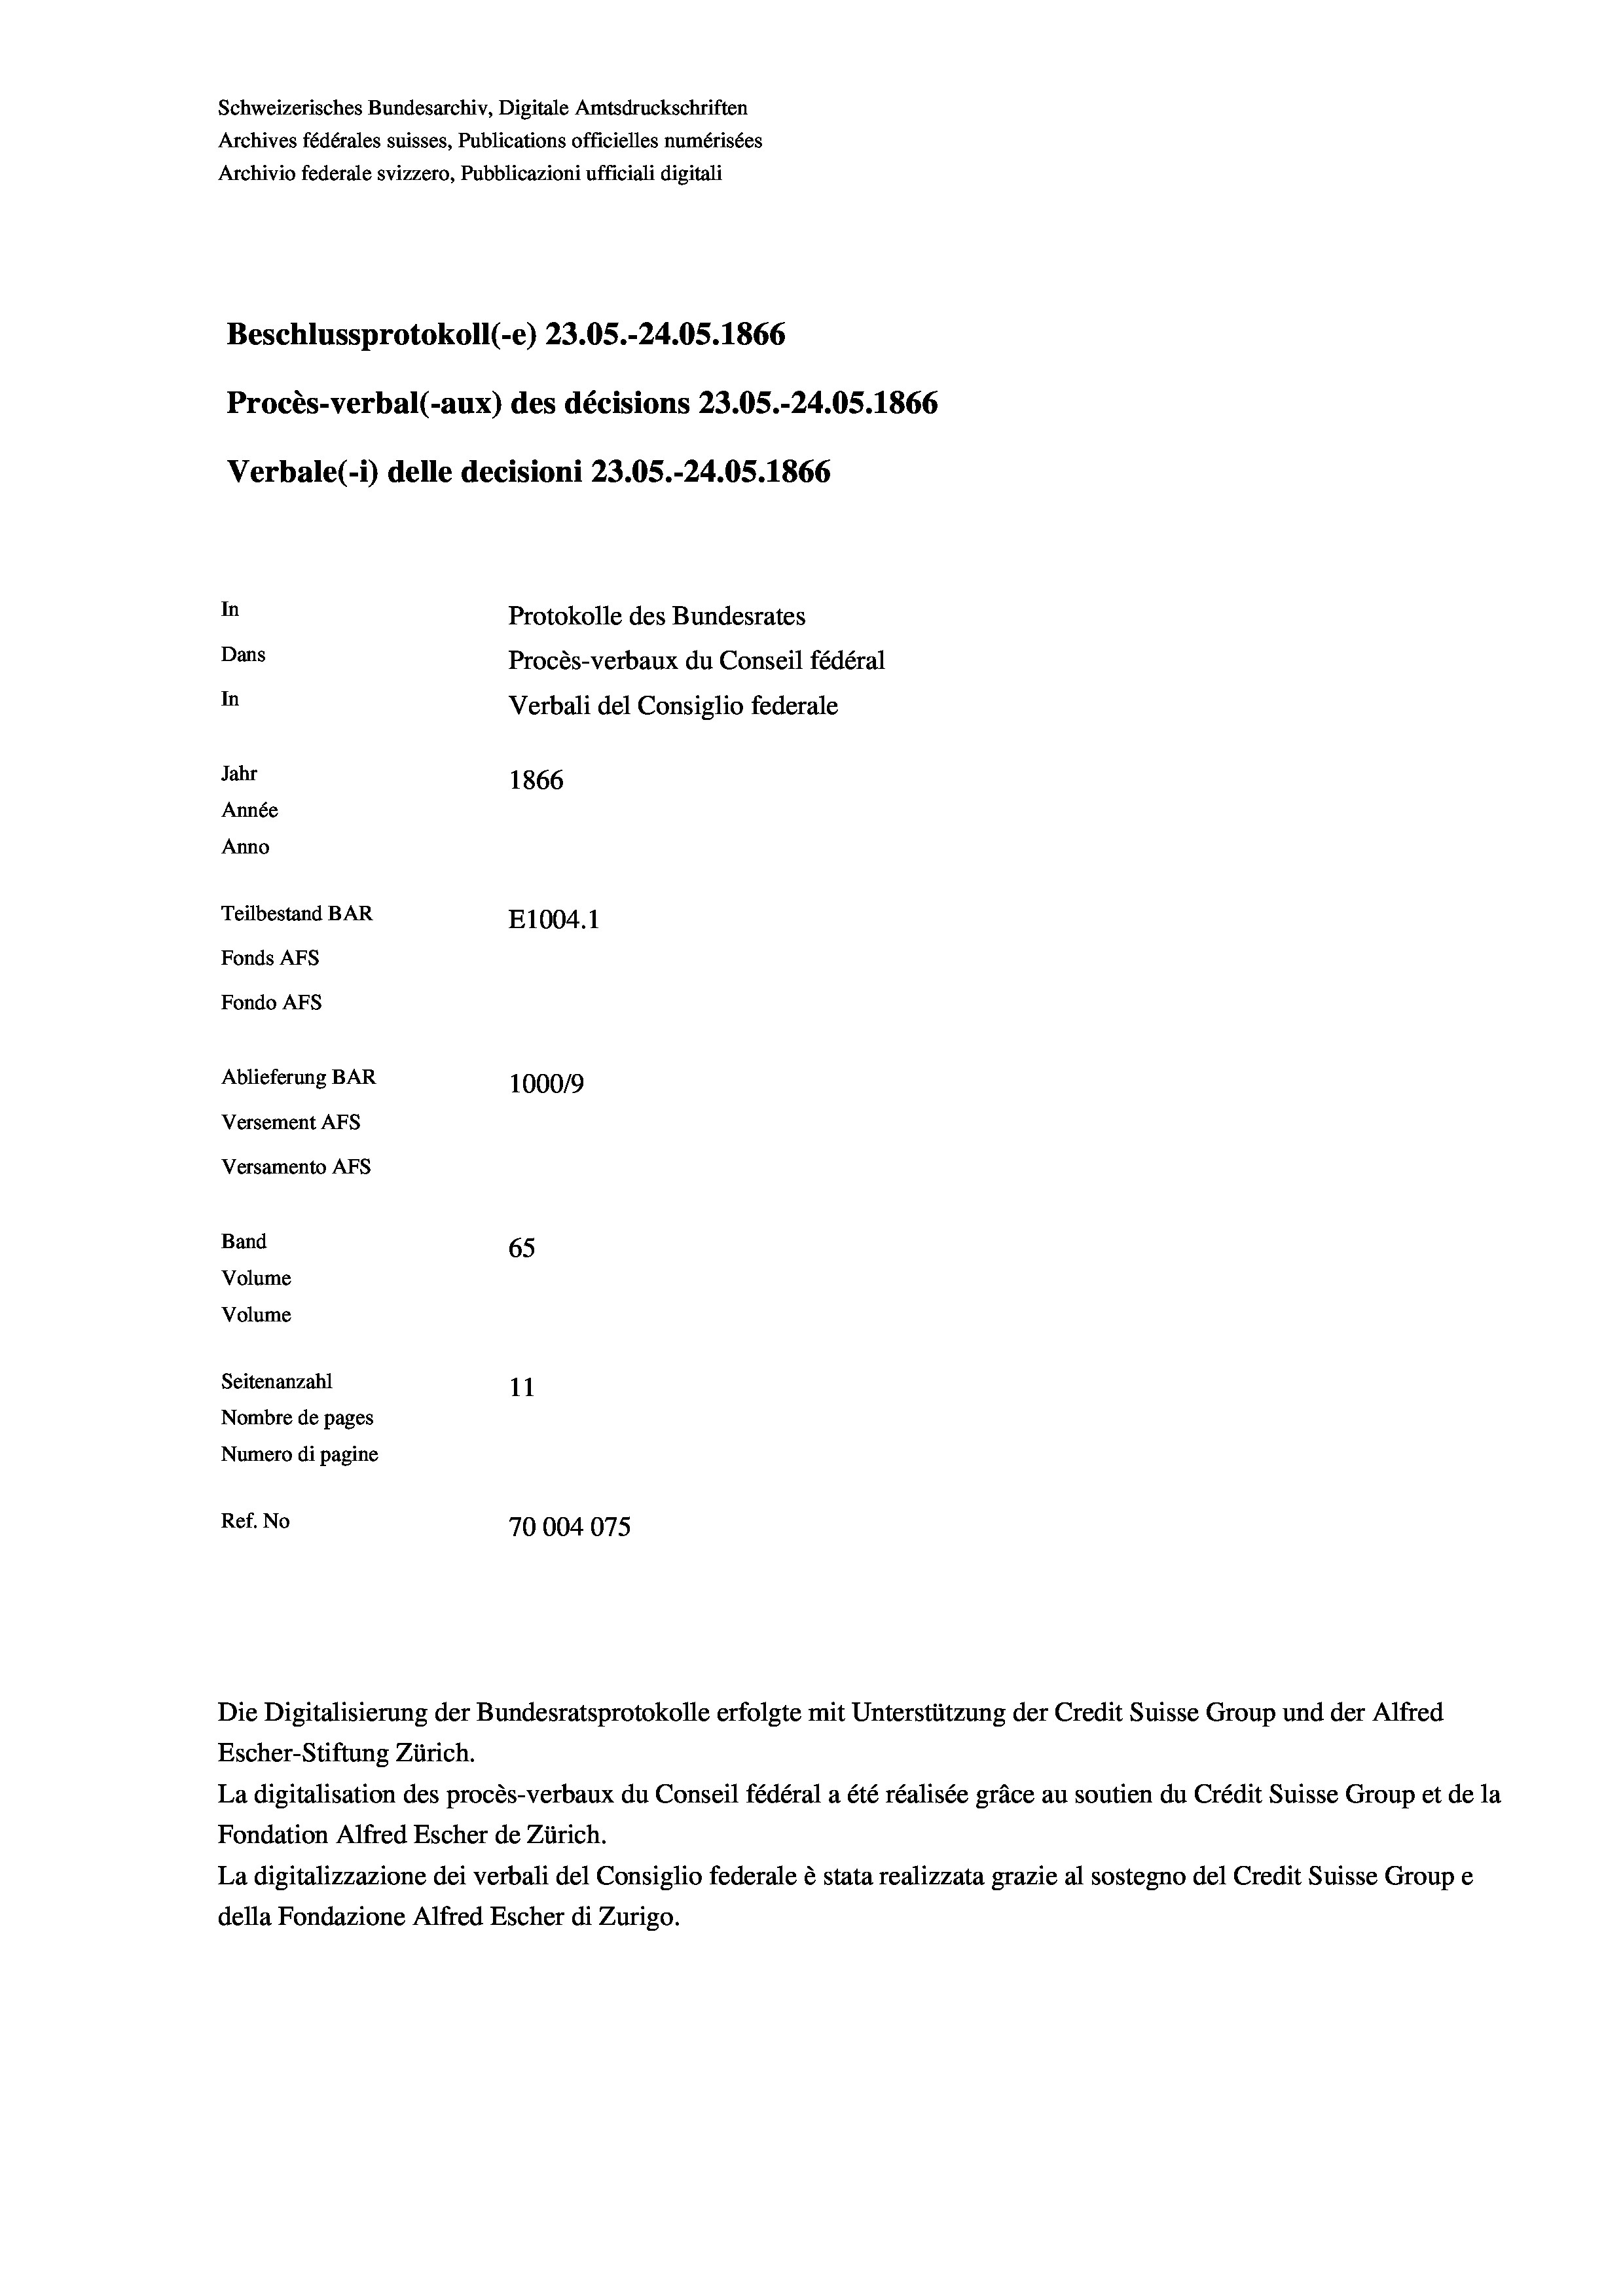
Schweizerisches Bundesarchiv, Digitale Amtsdruckschriften
Archives fédérales suisses, Publications officielles numérisées
Archivio federale svizzero, Pubblicazioni ufficiali digitali
Beschlussprotokoll (-e) 23.05.-24.05. 1866
Procès-verbal (-aux) des décisions 23.05.-24.05. 1866
Verbale (1) delle decisioni 23.05.-24.05. 1866
In
Protokolle des Bundesrates
Dans
Procès-verbaux du Conseil fédéral
In
Verbali del Consiglio federale
Jahr
1866
Année
Anno
Teilbestand BAR
E1004.1
Fonds AFs
Fondo Afs
Ablieferung BAR
100019
Versement AFs
Versamento AFs

65
11
Nombre de pages
Numero di pagine
Ref. No
70004075

Band
Volume

Volume
Seitenanzahl

La digitalisation des procès-verbaux du Conseil fédéral a été réalisée gräce au soutien du Crédit Suisse Group et de la
Fondation Alfred Escher de Zürich.
La digitalizzazione dei verbali del Consiglio federale è stata realizzata grazie al sostegno del Credit Suisse Groupe
della Fondazione Alfred Escher di Zurigo.

Escher-Stiftung Zürich.

Die Digitalisierung der Bundesratsprotokolle erfolgte mit Unterstützung der Credit Suisse Group und der Alfred